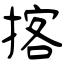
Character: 揢